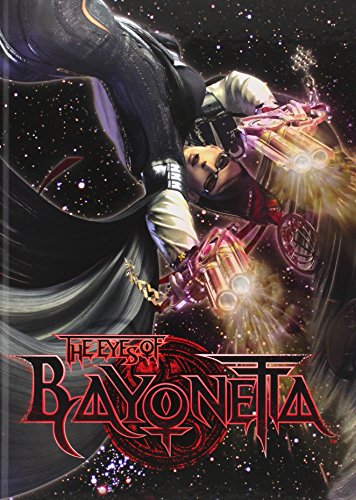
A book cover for The Eyes of Bayonetta: Art Book & DVD; Arts & Photography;